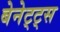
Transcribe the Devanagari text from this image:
बेनेट्ट्स